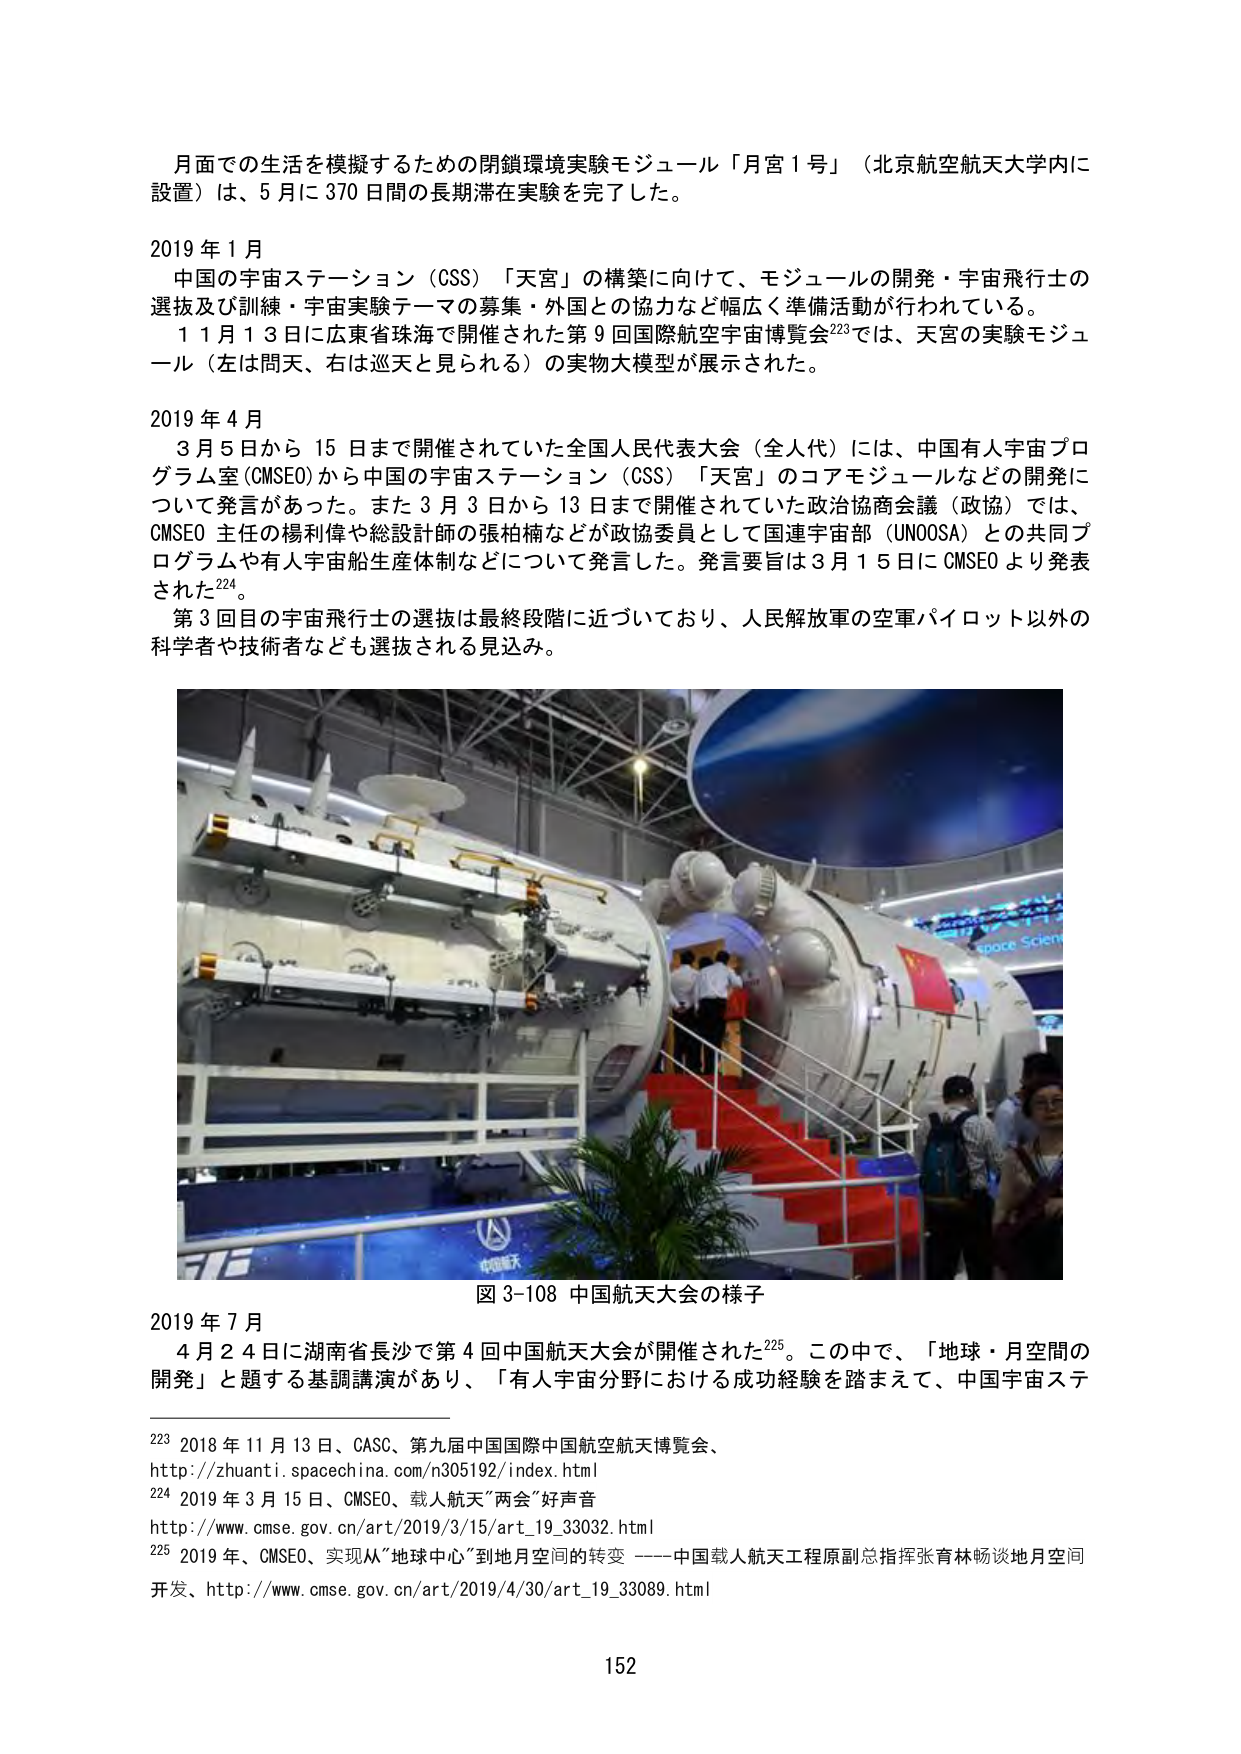
月面での生活を模擬するための閉鎖環境実験モジュール「月宮１号」（北京航空航天大学内に設置）は、５月に370日間の長期滞在実験を完了した。

2019年１月
　中国の宇宙ステーション（CSS）「天宮」の構築に向けて、モジュールの開発・宇宙飛行士の選抜及び訓練・宇宙実験テーマの募集・外国との協力など幅広く準備活動が行われている。
　１１月１３日に広東省珠海で開催された第９回国際航空宇宙博覧会223では、天宮の実験モジュール（左は問天、右は巡天と見られる）の実物大模型が展示された。

2019年４月
　３月５日から15日まで開催されていた全国人民代表大会（全人代）には、中国有人宇宙プログラム室（CMSEO）から中国の宇宙ステーション（CSS）「天宮」のコアモジュールなどの開発について発言があった。また３月３日から13日まで開催されていた政治協商会議（政協）では、CMSEO主任の楊利偉や総設計師の張柏楠などが政協委員として国連宇宙部（UNOOSA）との共同プログラムや有人宇宙船生産体制などについて発言した。発言要旨は３月15日にCMSEOより発表された224。
　第３回目の宇宙飛行士の選抜は最終段階に近づいており、人民解放軍の空軍パイロット以外の科学者や技術者なども選抜される見込み。

図3-108 中国航天大会の様子

2019年７月
　４月２４日に湖南省長沙で第４回中国航天大会が開催された225。この中で、「地球・月空間の開発」と題する基調講演があり、「有人宇宙分野における成功経験を踏まえて、中国宇宙ステ

223 2018年11月13日、CASC、第九届中国国际中国航空航天博览会、http://zhuanli.spacechina.com/n305192/index.html
224 2019年3月15日、CMSEO、载人航天“两会”好声音 http://www.cmse.gov.cn/art/2019/3/15/art_19_33032.html
225 2019年、CMSEO、实现从“地球中心”到地月空间的转变 ——中国载人航天工程原副总指挥张育林畅谈地月空间开发、http://www.cmse.gov.cn/art/2019/4/30/art_19_33089.html

152